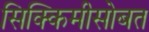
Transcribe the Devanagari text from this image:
सिक्किमीसोबत